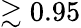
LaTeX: \gtrsim 0.95